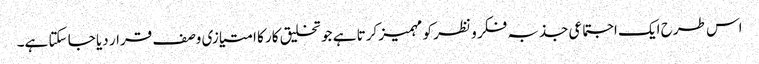
اس طرح ایک اجتماعی جذبہ فکر و نظر کو مہمیز کرتا ہے جو تخلیق کار کا امتیازی وصف قرار دیا جا سکتا ہے۔